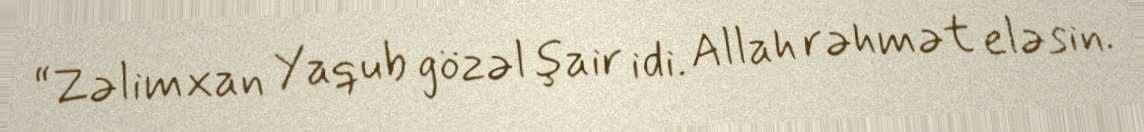
“Zəlimxan Yaqub gözəl şair idi. Allah rəhmət eləsin.